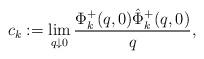
LaTeX: \begin{align*}c_k:= \lim_{q\downarrow0}\frac{\Phi^+_k(q,0)\hat\Phi^+_k(q,0)}{q},\end{align*}